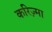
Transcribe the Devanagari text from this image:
करिज़्मा